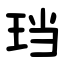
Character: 珰